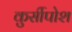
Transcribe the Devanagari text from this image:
कुर्सीपोश